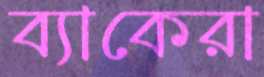
ব্যাকেরা